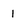
Character: 1